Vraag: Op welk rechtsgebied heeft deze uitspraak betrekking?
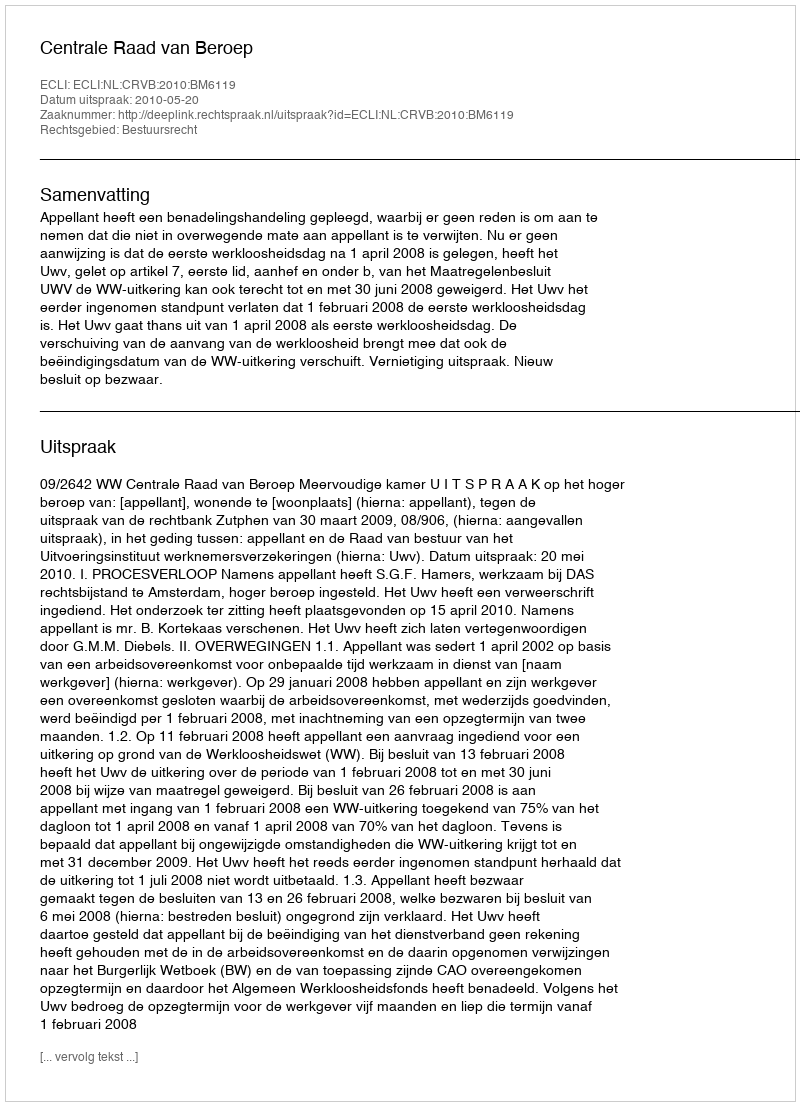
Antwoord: Bestuursrecht